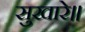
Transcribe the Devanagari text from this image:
सुखारे॥